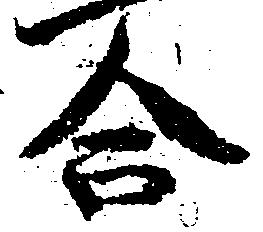
合